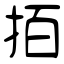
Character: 𢫦